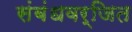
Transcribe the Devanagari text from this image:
संबंधवर्जित